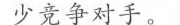
少竞争对手。